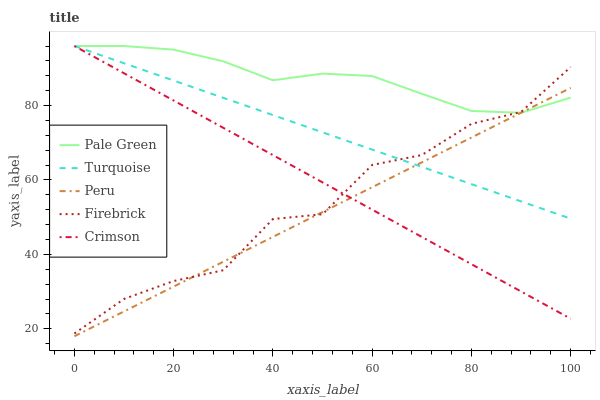
| xaxis_label | Pale Green | Turquoise | Peru | Firebrick | Crimson |
 | --- | --- | --- | --- | --- | --- |
 | 0 | 96 | 96 | 18 | 18.7 | 96 |
 | 10 | 96 | 91.4 | 24.7 | 28 | 88.7 |
 | 20 | 95 | 86.7 | 31.3 | 32.8 | 81.3 |
 | 30 | 91.9 | 82.1 | 38 | 35.7 | 74 |
 | 40 | 86.8 | 77.4 | 44.7 | 49.5 | 66.7 |
 | 50 | 88.6 | 72.8 | 51.4 | 50.8 | 59.4 |
 | 60 | 87.9 | 68.2 | 58 | 64 | 52 |
 | 70 | 83.2 | 63.5 | 64.7 | 66.7 | 44.7 |
 | 80 | 78.5 | 58.9 | 71.4 | 75.1 | 37.4 |
 | 90 | 78.1 | 54.2 | 78.1 | 78.3 | 30 |
 | 100 | 82.1 | 49.6 | 84.7 | 90.4 | 22.7 |